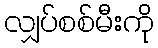
လျှပ်စစ်မီးကို